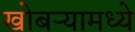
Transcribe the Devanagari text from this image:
खोबऱ्यामध्ये